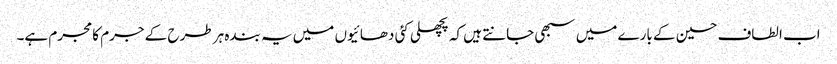
اب الطاف حسین کے بارے میں سبھی جانتے ہیں کہ پچھلی کئی دھائیوں میں یہ بندہ ہر طرح کے جرم کا مجرم ہے۔